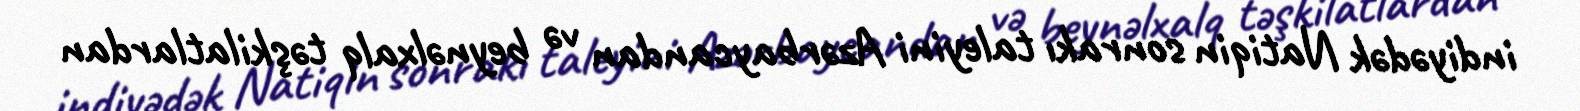
indiyədək Natiqin sonrakı taleyini Azərbaycandan və beynəlxalq təşkilatlardan